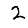
Digit: 2